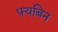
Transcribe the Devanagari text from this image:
फ़्यबिन